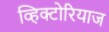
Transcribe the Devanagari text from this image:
व्हिक्टोरियाज